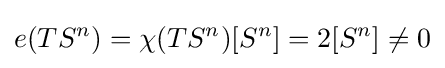
e(TS^{n})=\chi (TS^{n})[S^{n}]=2[S^{n}]\not =0